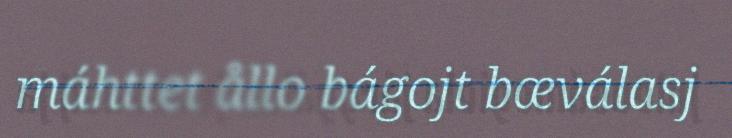
máhttet ållo bágojt bæválasj